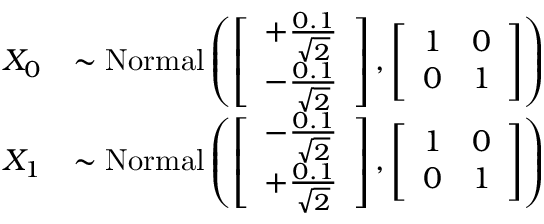
\begin{array} { r l } { X _ { 0 } } & { \sim \mathrm { N o r m a l } \left( \begingroup \left[ \begin{array} { l } { + \frac { 0 . 1 } { \sqrt { 2 } } } \\ { - \frac { 0 . 1 } { \sqrt { 2 } } } \end{array} \right] \endgroup , \left[ \begin{array} { l l } { 1 } & { 0 } \\ { 0 } & { 1 } \end{array} \right] \right) } \\ { X _ { 1 } } & { \sim \mathrm { N o r m a l } \left( \begingroup \left[ \begin{array} { l } { - \frac { 0 . 1 } { \sqrt { 2 } } } \\ { + \frac { 0 . 1 } { \sqrt { 2 } } } \end{array} \right] \endgroup , \left[ \begin{array} { l l } { 1 } & { 0 } \\ { 0 } & { 1 } \end{array} \right] \right) } \end{array}